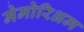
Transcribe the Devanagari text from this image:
मेमोरिअम